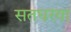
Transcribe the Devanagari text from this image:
सतघरवा